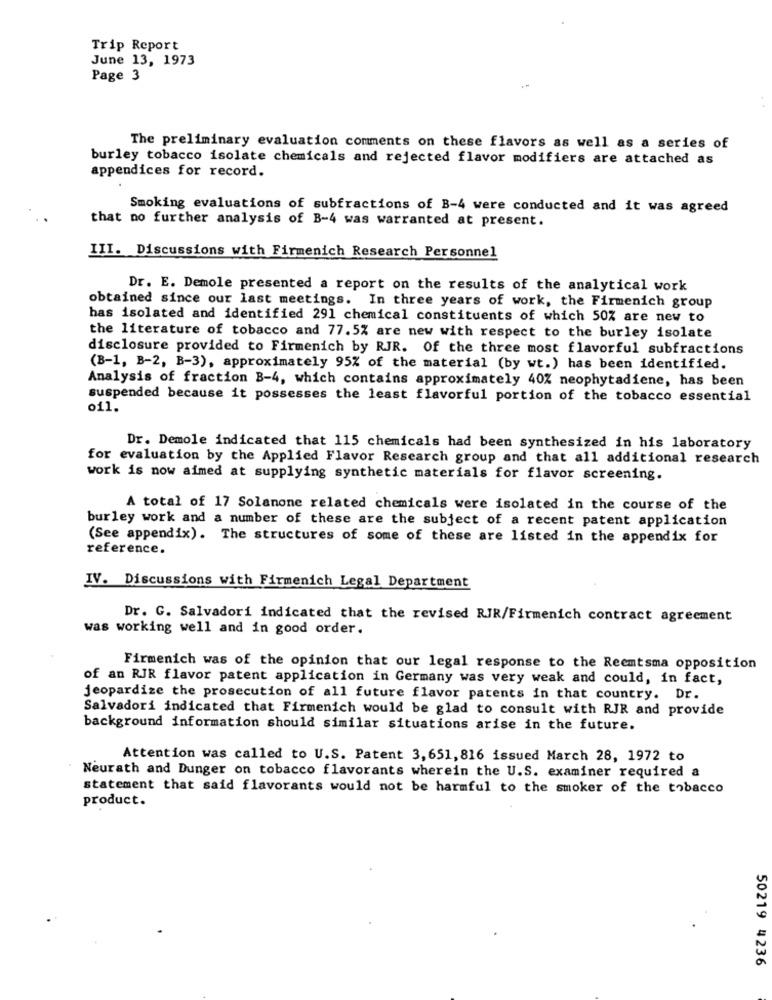
Trip Report
June 13, 1973
Page 3
The preliminary evaluation comments on these flavors as well as a series of
burley tobacco isolate chemicals and rejected flavor modifiers are attached as
appendices for record.
Smoking evaluations of subfractions of B-4 were conducted and it was agreed
that no further analysis of B-4 was warranted at present.
III. Discussions with Firmenich Research Personnel
Dr. E. Demole presented a report on the results of the analytical work
obtained since our last meetings. In three years of work, the Firmenich group
has isolated and identified 291 chemical constituents of which 50% are new to
the literature of tobacco and 77.5% are new with respect to the burley isolate
disclosure provided to Firmenich by RJR. Of the three most flavorful subfractions
(B-1, B-2, B-3), approximately 95% of the material (by wt.) has been identified.
Analysis of fraction B-4, which contains approximately 40% neophytadiene, has been
suspended because it possesses the least flavorful portion of the tobacco essential
o11.
Dr. Demole indicated that 115 chemicals had been synthesized in his laboratory
for evaluation by the Applied Flavor Research group and that all additional research
work is now aimed at supplying synthetic materials for flavor screening.
A total of 17 Solanone related chemicals were isolated in the course of the
burley work and a number of these are the subject of a recent patent application
(See appendix). The structures of some of these are listed in the appendix for
reference.
IV. Discussions with Firmenich Legal Department
Dr. G. Salvadori indicated that the revised RJR/Firmenich contract agreement
was working well and in good order.
Firmenich was of the opinion that our legal response to the Reemtsma opposition
of an RJR flavor patent application in Germany was very weak and could, in fact,
jeopardize the prosecution of all future flavor patents in that country. Dr.
Salvadori indicated that Firmenich would be glad to consult with RJR and provide
background information should similar situations arise in the future.
Attention was called to U.S. Patent 3,651, 816 issued March 28, 1972 to
Neurath and Dunger on tobacco flavorants wherein the U.S. examiner required a
statement that said flavorants would not be harmful to the smoker of the tobacco
product.
50219 4236